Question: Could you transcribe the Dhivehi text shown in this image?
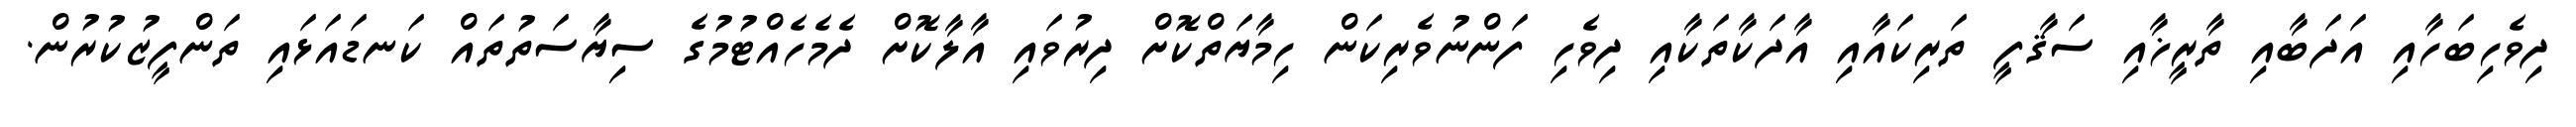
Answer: ދިވެހިބަހާއި އަދަބާއި ތާރީޚާއި ސަޤާފީ ތަރިކައާއި އާދަކާތަކާއި ދިވެހި ފަންނުވެރިކަން ހިމާޔަތްކޮށް ދިރުވައި އާލާކޮށް ދެމެހެއްޓުމުގެ ސިޔާސަތުތައް ކަނޑައަޅައި ތަންފީޒުކުރުން.